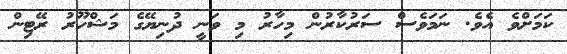
ކަމަށްވެ އެވެ. ނަމަވެސް ސަރުކާރުން މިހާރު މި ވަނީ ދުނިޔޭގެ މަޝްހޫރު ރޭޓިން